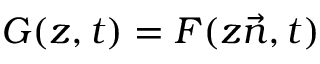
G ( z , t ) = F ( z { \vec { n } } , t )